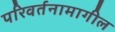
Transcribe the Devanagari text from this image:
परिवर्तनामागील